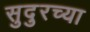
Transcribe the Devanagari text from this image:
सुदुरच्या